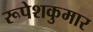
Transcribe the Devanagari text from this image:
रूपेशकुमार